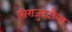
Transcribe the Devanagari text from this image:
सिराजुददौला